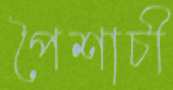
পৈশাচী